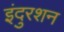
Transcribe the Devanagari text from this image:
इंदुरशन